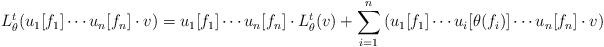
LaTeX: \begin{align*} L^t_{\theta}(u_1[f_1]\cdots u_n[f_n] \cdot v )= u_1[f_1]\cdots u_n[f_n]\cdot L^t_\theta(v) + \sum_{i=1}^n \left(u_1[f_1]\cdots u_i[\theta(f_i)]\cdots u_n[f_n]\cdot v \right) \end{align*}